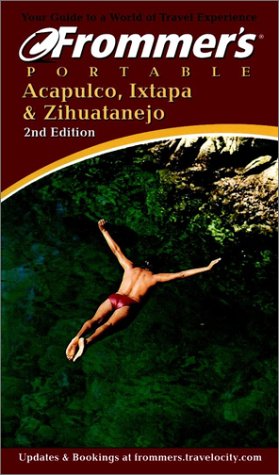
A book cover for Frommer's Portable Acapulco, Ixtapa & Zihuatenejo; Lynne Bairstow; Travel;